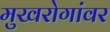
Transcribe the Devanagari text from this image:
मुखरोगांवर